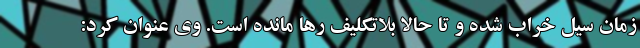
زمان سیل خراب شده و تا حالا بلاتکلیف رها مانده است. وی عنوان کرد: